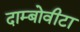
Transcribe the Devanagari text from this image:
दाम्बोवीटा